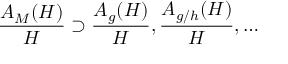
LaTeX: \frac { A _ { M } ( H ) } { H } \supset \frac { A _ { g } ( H ) } { H } , \frac { A _ { g / h } ( H ) } { H } , \ldots